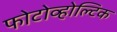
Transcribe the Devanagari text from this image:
फोटोव्होल्टिक